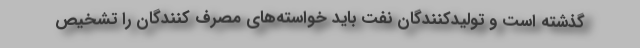
گذشته است و تولیدکنندگان نفت باید خواسته‌های مصرف کنندگان را تشخیص